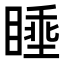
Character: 𪾶